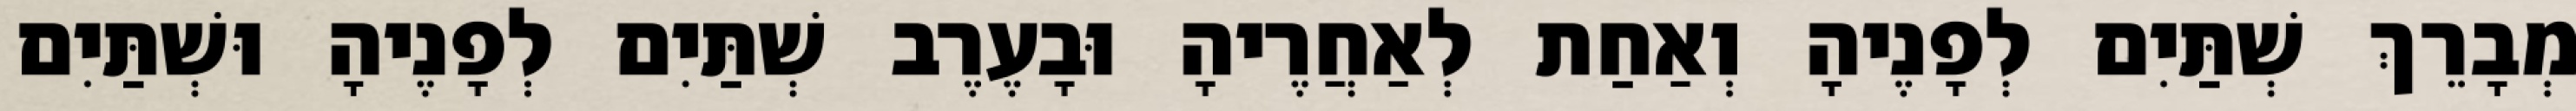
מְבָרֵךְ שְׁתַּיִם לְפָנֶיהָ וְאַחַת לְאַחֲרֶיהָ וּבָעֶרֶב שְׁתַּיִם לְפָנֶיהָ וּשְׁתַּיִם